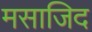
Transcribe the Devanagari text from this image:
मसाजिद